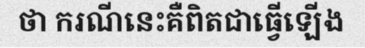
ថា ករណីនេះគឺពិតជាធ្វើឡើង